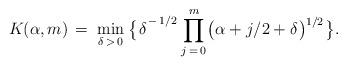
LaTeX: \begin{align*}\,K\!\;\!(\alpha,m)\,=\;\mbox{$ {\displaystyle \min_{\delta \,>\,0} }$}\:\big\{\;\!\delta^{\mbox{}^{\scriptstyle \:\!-\,1/2}}\,\!\prod_{\:\!j\,=\,0}^{\;\!m} \:\!\bigl(\:\! \alpha + j/2 + \delta \;\!\bigr)^{\!\:\!1/2}\:\!\bigr\}.\end{align*}